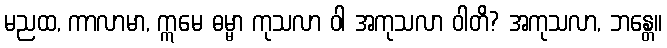
မညထ, ကာလာမာ, ဣမေ ဓမ္မာ ကုသလာ ဝါ အကုသလာ ဝါတိ? အကုသလာ, ဘန္တေ။